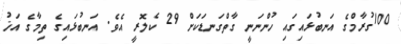
100ގުރާމްގެ އަނބުޅައިގައި ހުންނަނީ ގާތްގަނޑަކަށް 29 ކެލޮރީ އެވެ. އަނބުޅައިގެ ތިމާގެ އަޚު